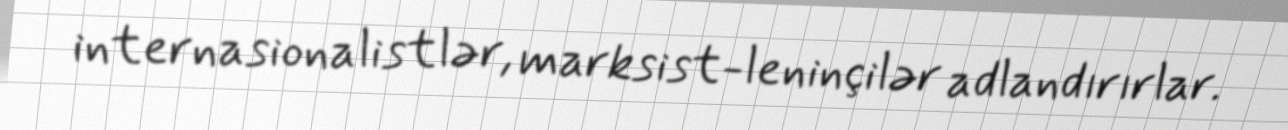
internasionalistlər, marksist-leninçilər adlandırırlar.